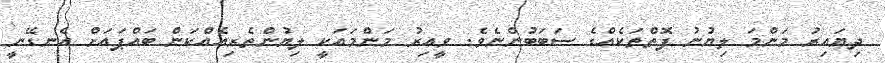
ދިޔައިރު މަންމަ ލިޔުނު ފޮތްތަކެއްގެ ސަބަބުންނެވެ. ވީއިރު މަންމައަކީ ލިޔުންތެރިއެއްކަން ބައްޕައަށް އެނގޭނީ